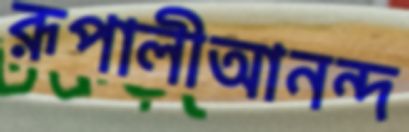
রূপালীআনন্দ